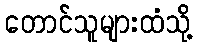
တောင်သူများထံသို့